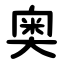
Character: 奥